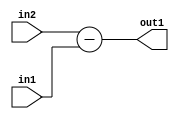
`timescale 1ps / 1ps
/*****************************************************************************
    Verilog RTL Description
    
    
    Created by: Stratus DpOpt 2019.1.01 
*******************************************************************************/

module st_weight_addr_gen_Sub_16Ux1U_17S_4_10 (
	in2,
	in1,
	out1
	); /* architecture "behavioural" */ 
input [15:0] in2;
input  in1;
output [16:0] out1;
wire [16:0] asc001;

assign asc001 = 
	+(in2)
	-(in1);

assign out1 = asc001;
endmodule

/* CADENCE  ubLzSgg= : u9/ySgnWtBlWxVPRXgAZ4Og= ** DO NOT EDIT THIS LINE ******/